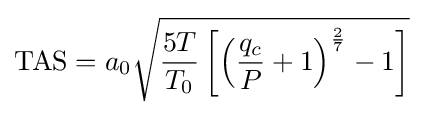
\mathrm {TAS} =a_{0}{\sqrt {{\frac {5T}{T_{0}}}\left[\left({\frac {q_{c}}{P}}+1\right)^{\frac {2}{7}}-1\right]}}